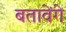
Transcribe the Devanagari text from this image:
बतावेंगे